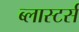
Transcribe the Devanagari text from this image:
ब्लास्टर्स